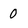
Character: 0